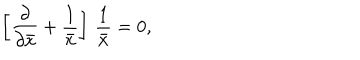
LaTeX: \left[ { \frac { \partial } { \partial \bar { x } } } + { \frac { 1 } { \bar { x } } } \right] \, { \frac { 1 } { \bar { x } } } = 0 ,